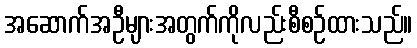
အဆောက်အဦများအတွက်ကိုလည်းစီစဉ်ထားသည်။